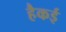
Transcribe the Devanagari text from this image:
हैकई